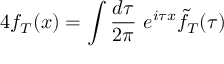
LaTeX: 4 f _ { T } ( x ) = \int { \frac { d \tau } { 2 \pi } } ~ e ^ { i \tau x } \widetilde { f } _ { T } ( \tau )